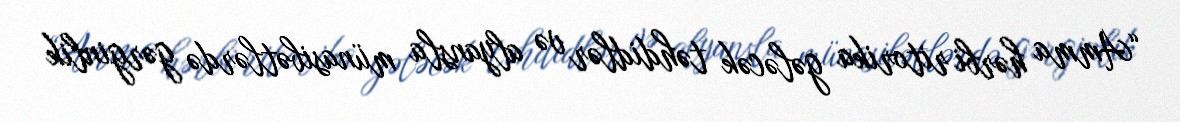
“Amma hərbi ritorika gələcək təhdidlər və alyansla münasibətlərdə gərginlik